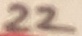
Text: 22